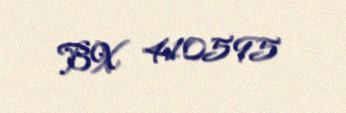
BX 410595